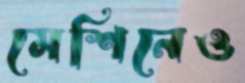
মেশিনেও